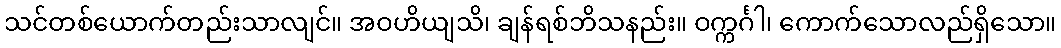
သင်တစ်ယောက်တည်းသာလျင်။ အဝဟိယျသိ၊ ချန်ရစ်ဘိသနည်း။ ဝက္ကင်္ဂါ၊ ကောက်သောလည်ရှိသော။